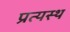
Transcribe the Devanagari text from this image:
प्रत्यस्थ